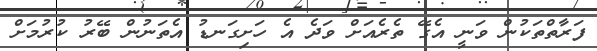
ފަރާތްތަކުން ވަނީ އެގޭ ތެރެއަށް ވަދެ އެ ހަށިގަނޑު އެތަނުން ބޭރު ކުރުމަށް